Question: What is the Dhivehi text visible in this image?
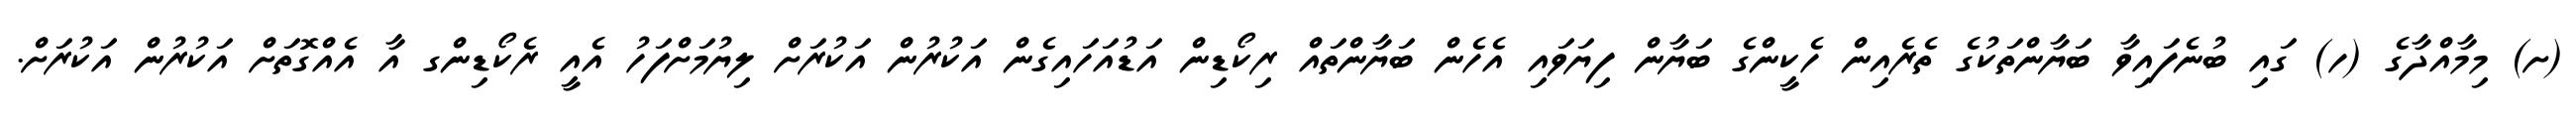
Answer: (ށ) މިމާއްދާގެ (ހ) ގައި ބުނެފައިވާ ބަޔާންތަކުގެ ތެރެއިން ހެކީންގެ ބަޔާން ފިޔަވައި އެހެން ބަޔާންތައް ރިކޯޑިން އަޑުއަހައިގެން އަކުރުން އަކުރަށް ލިޔުމަށްފަހު އެއީ ރެކޯޑިންގ އާ އެއްގޮތަށް އަކުރުން އަކުރަށް.